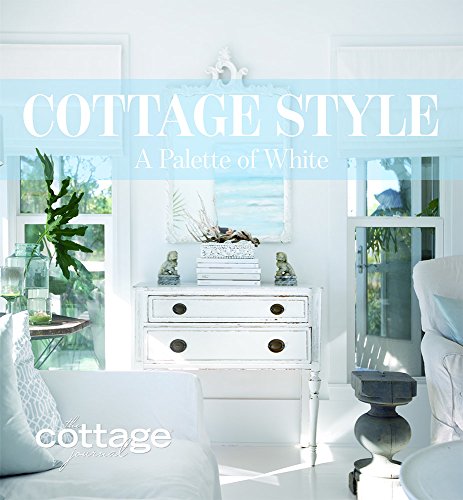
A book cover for Cottage Style: A Palette of White; Crafts, Hobbies & Home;